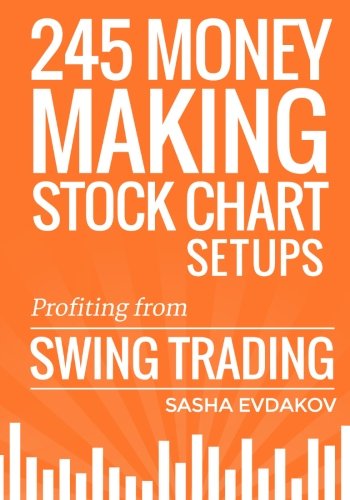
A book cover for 245 Money Making Stock Chart Setups: Profiting from Swing Trading; Sasha Evdakov; Business & Money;